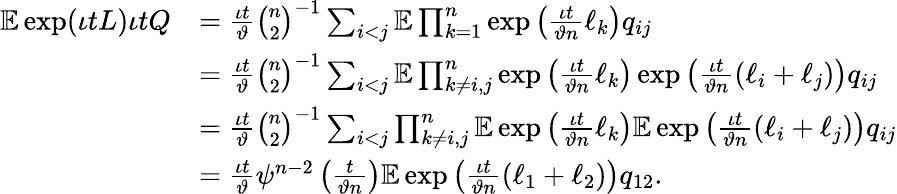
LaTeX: \begin{array}{rl}{\mathbb{E}\exp(\iota tL)\iota tQ}&{=\frac{\iota t}{\vartheta}\binom{n}{2}^{-1}\sum_{i<j}\mathbb{E}\prod_{k=1}^{n}\exp\left(\frac{\iota t}{\vartheta n}\ell_{k}\right)q_{ij}}\\ &{=\frac{\iota t}{\vartheta}\binom{n}{2}^{-1}\sum_{i<j}\mathbb{E}\prod_{k\neq i,j}^{n}\exp\left(\frac{\iota t}{\vartheta n}\ell_{k}\right)\exp\left(\frac{\iota t}{\vartheta n}(\ell_{i}+\ell_{j})\right)q_{ij}}\\ &{=\frac{\iota t}{\vartheta}\binom{n}{2}^{-1}\sum_{i<j}\prod_{k\neq i,j}^{n}\mathbb{E}\exp\left(\frac{\iota t}{\vartheta n}\ell_{k}\right)\mathbb{E}\exp\left(\frac{\iota t}{\vartheta n}(\ell_{i}+\ell_{j})\right)q_{ij}}\\ &{=\frac{\iota t}{\vartheta}\psi^{n-2}\left(\frac{t}{\vartheta n}\right)\mathbb{E}\exp\left(\frac{\iota t}{\vartheta n}(\ell_{1}+\ell_{2})\right)q_{12}.}\end{array}